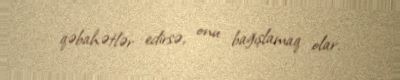
qəbahətlər edirsə, onu bağışlamaq olar.